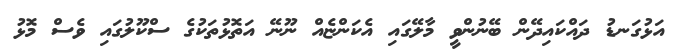
އަޅުގަނޑު ދައްކައިދޭން ބޭނުންވީ މާލޭގައި އެކަންޏެއް ނޫނޭ އަތޮޅުތަކުގެ ސްކޫލުގައި ވެސް މޮޅު